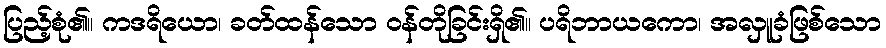
ပြည့်စုံ၏။ ကဒရိယော၊ ခတ်ထန်သော ဝန်တိုခြင်းရှိ၏။ ပရိဘာယကော၊ အလှူခံဖြစ်သော